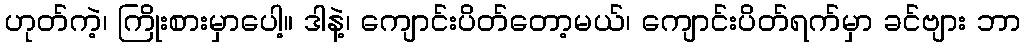
ဟုတ်ကဲ့၊ ကြိုးစားမှာပေါ့။ ဒါနဲ့၊ ကျောင်းပိတ်တော့မယ်၊ ကျောင်းပိတ်ရက်မှာ ခင်ဗျား ဘာ